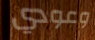
وعودي